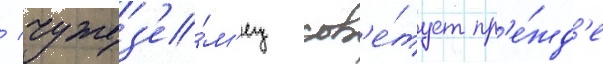
/ чужез'е́м'ец сов'е́тует пр'е́жд'е